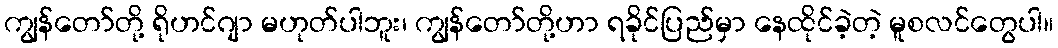
ကျွန်တော်တို့ ရိုဟင်ဂျာ မဟုတ်ပါဘူး၊ ကျွန်တော်တို့ဟာ ရခိုင်ပြည်မှာ နေထိုင်ခဲ့တဲ့ မူစလင်တွေပါ။